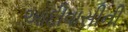
આદીવાસીની